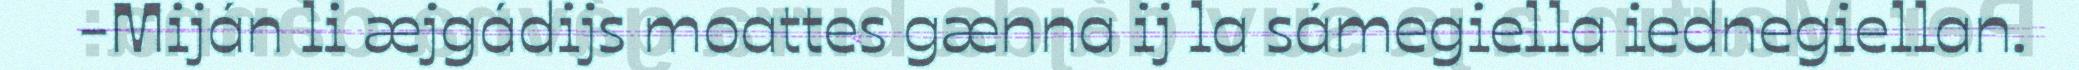
-Miján li æjgádijs moattes gænna ij la sámegiella iednegiellan.